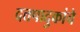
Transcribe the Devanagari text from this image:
दत्तपादुकांचे